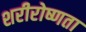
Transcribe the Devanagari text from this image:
शरीरोष्णता